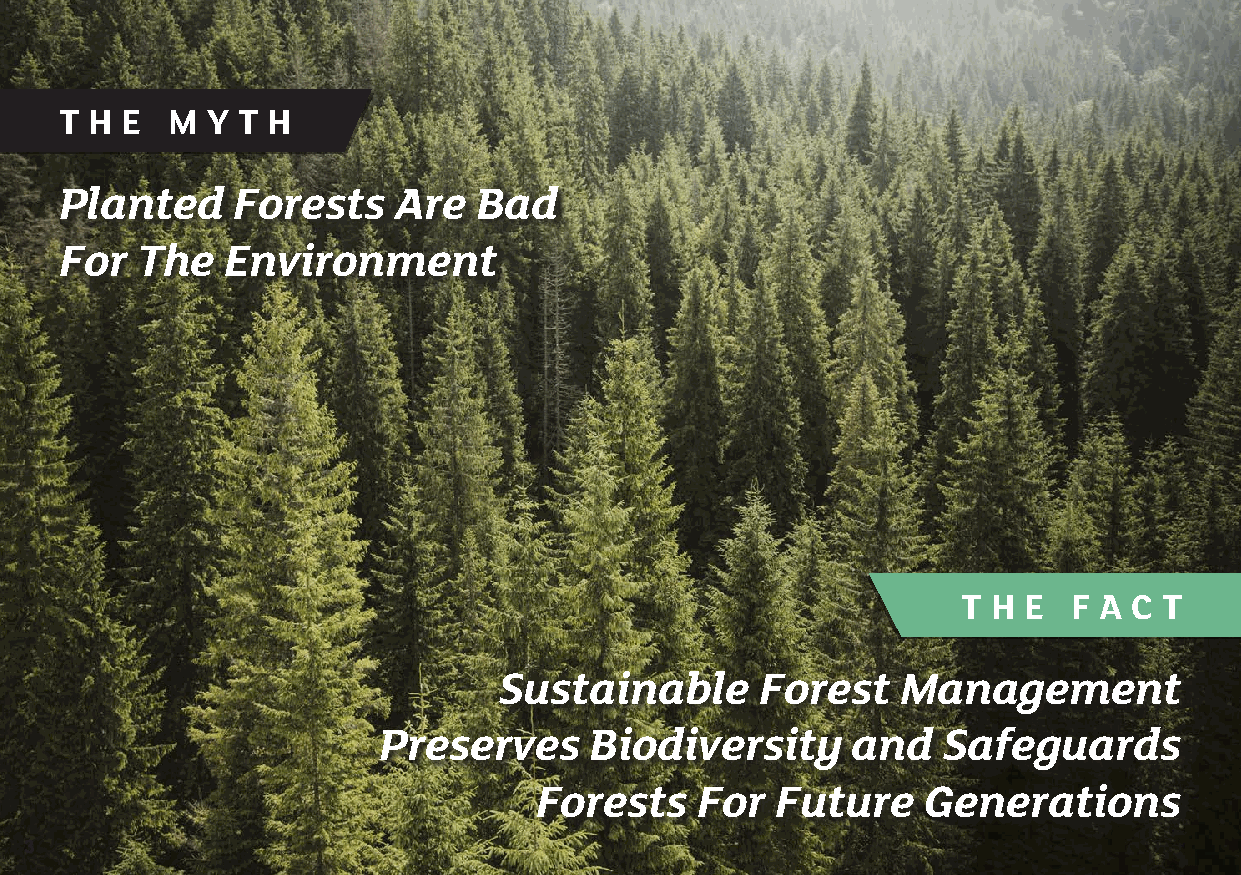
T H E  M  Y T H
 Planted    Forests    Are  Bad
 For  The   Environment
 T H E  F A C T
 Sustainable      Forest    Management
 Preserves     Biodiversity     and   Safeguards
 Forests    For  Future    Generations
 3